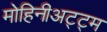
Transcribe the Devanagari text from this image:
मोहिनीअट्ट्म